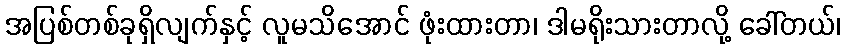
အပြစ်တစ်ခုရှိလျက်နှင့် လူမသိအောင် ဖုံးထားတာ၊ ဒါမရိုးသားတာလို့ ခေါ်တယ်၊